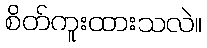
စိတ်ကူးထားသလဲ။